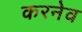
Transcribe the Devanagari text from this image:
करनेव